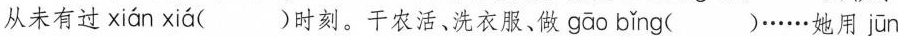
从未有过 xián xiá ( )时刻。干农活、洗衣服、做 gāo bǐng ( )……她用 jūn